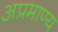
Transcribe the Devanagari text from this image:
अप्रमाण्य